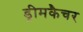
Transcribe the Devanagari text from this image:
ड्रीमकैचर